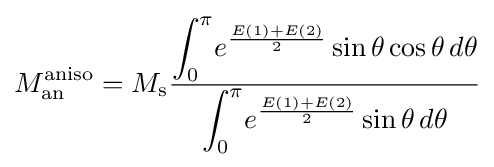
M_{\text{an}}^{\text{aniso}}=M_{\text{s}}{\frac {\displaystyle \int _{0}^{\pi }\!e^{\frac {E(1)+E(2)}{2}}\sin \theta \cos \theta \,d\theta }{\displaystyle \int _{0}^{\pi }\!e^{\frac {E(1)+E(2)}{2}}\sin \theta \,d\theta }}